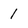
Character: 1